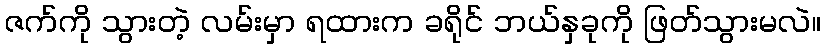
ဇက်ကို သွားတဲ့ လမ်းမှာ ရထားက ခရိုင် ဘယ်နှခုကို ဖြတ်သွားမလဲ။